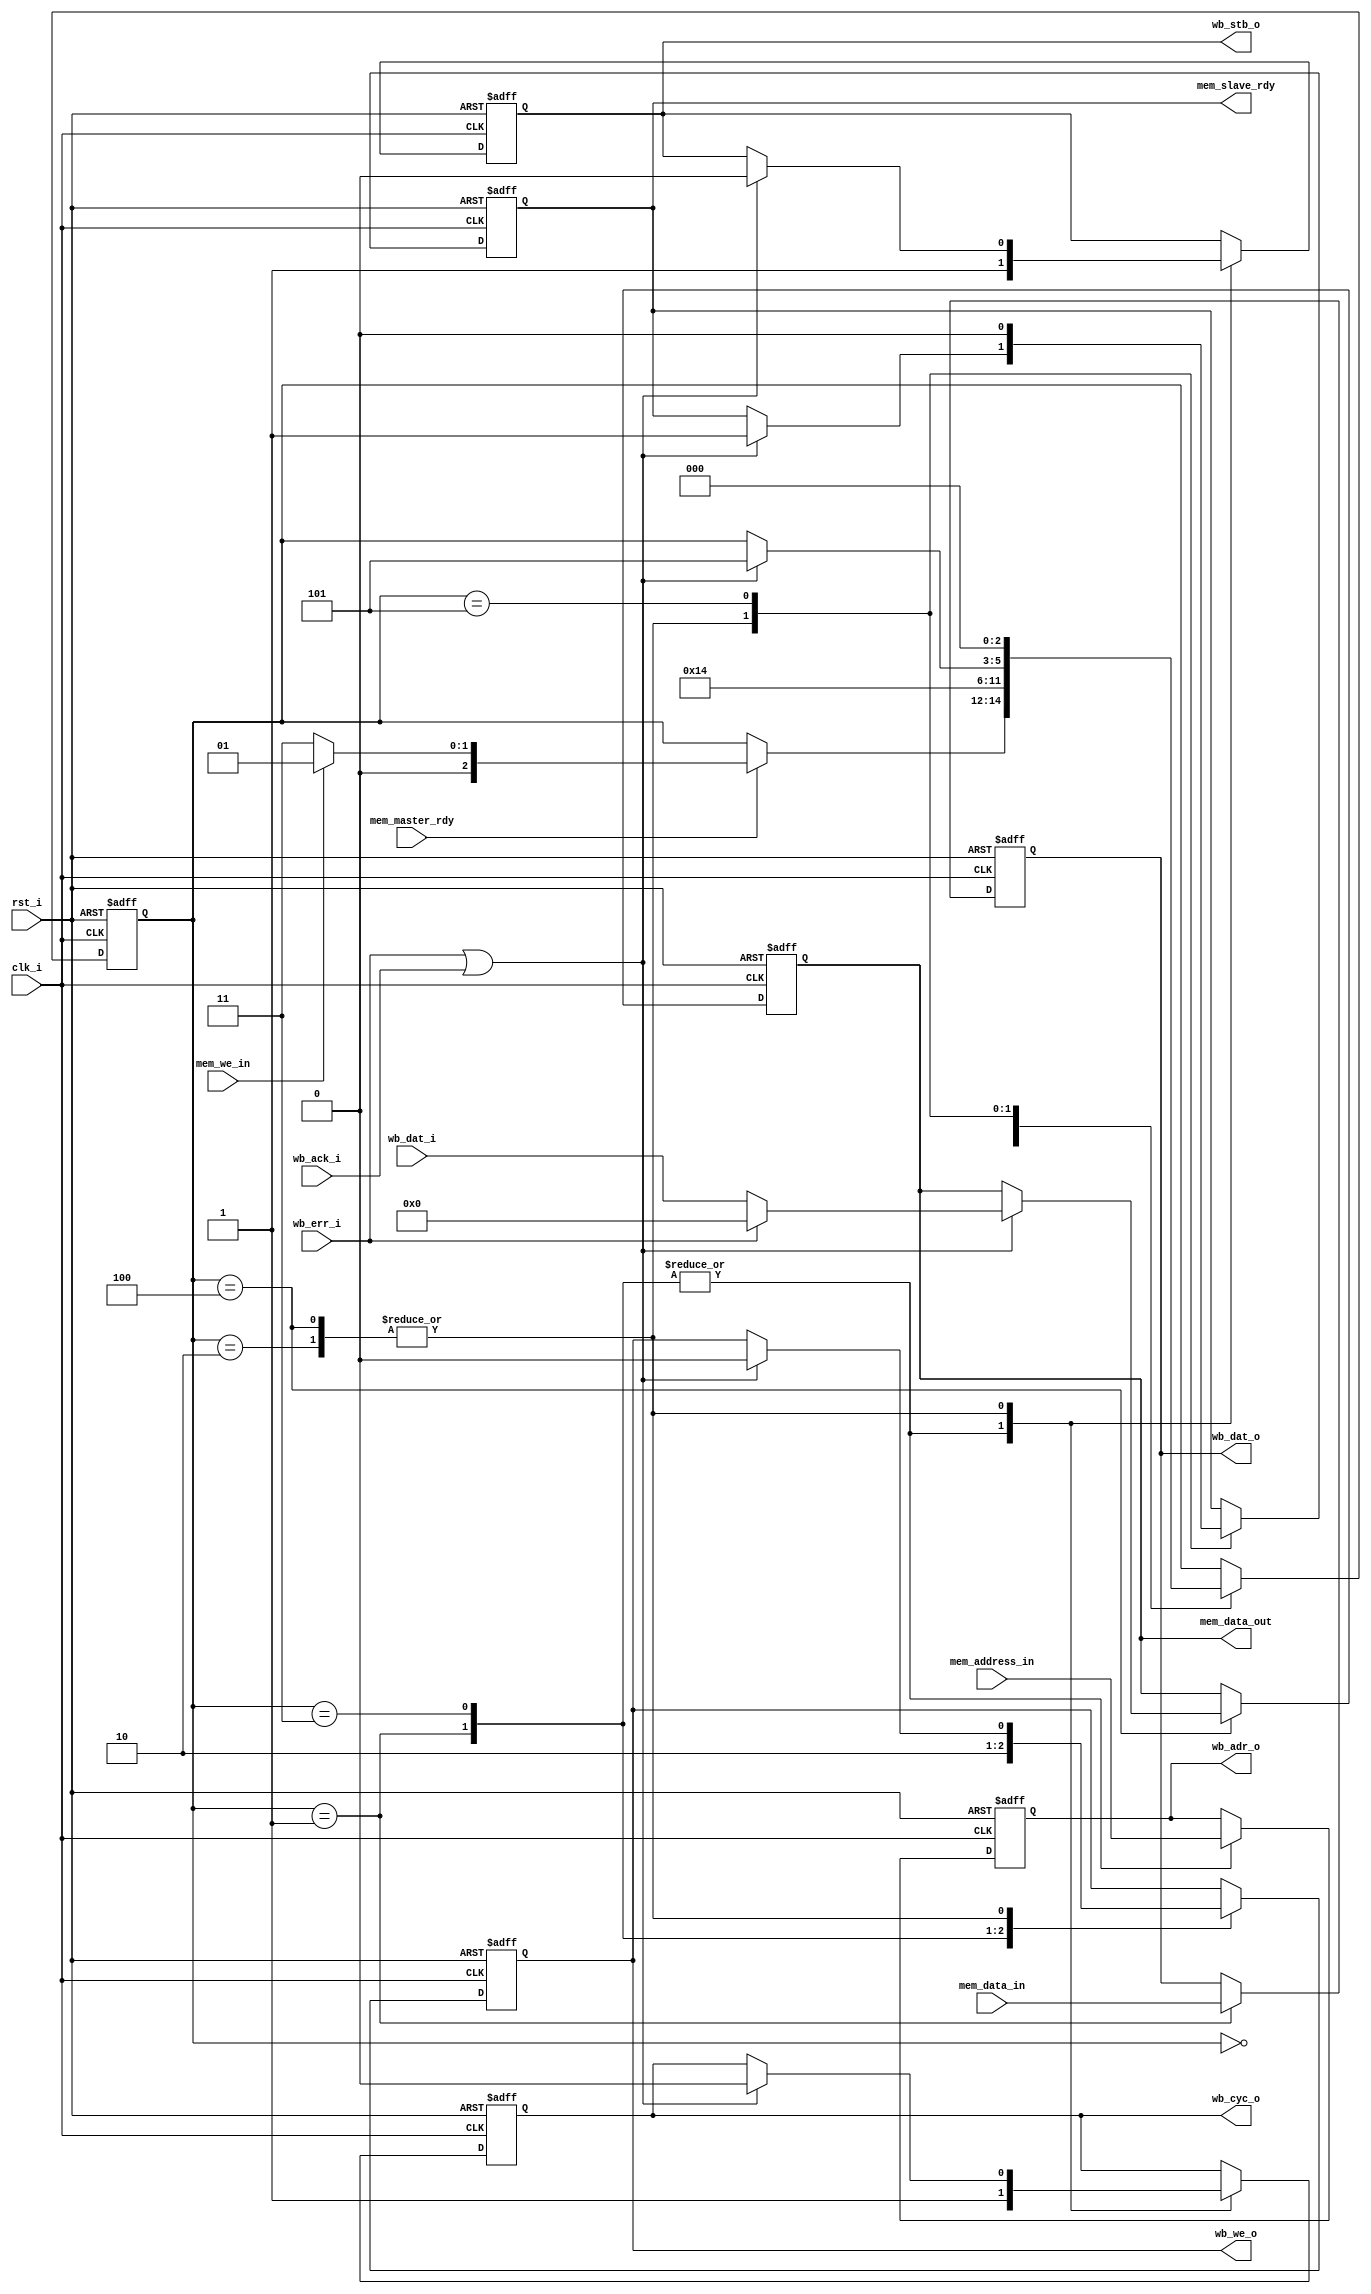
//-----------------------------------------------------------------------------
// Creation time : 14:33:17
// Description   : A bridge between a CPU and wishbone bus.
// Tool : Kactus2 3.4.110 32-bit
// Plugin : Verilog generator 2.0e
// This file was generated based on IP-XACT component tut.fi:communication.bridge:wb_master_cpu_slave:1.0
// whose XML file is D:/kactus2Repos/ipxactexamplelib/tut.fi/communication.bridge/wb_master_cpu_slave/1.0/wb_master_cpu_slave.1.0.xml
//-----------------------------------------------------------------------------

module wb_master #(
    parameter                              ADDR_WIDTH       = 16,    // The width of the address.
    parameter                              DATA_WIDTH       = 32,    // The width of both input and output data.
    parameter                              BASE_ADDRESS     = 'h0F00,    // The location of the bus in the system memory.
    parameter                              RANGE            = 'h0200    // Number of addresses accesible by the component.
) (
    // Interface: contoller
    // Is used by a controller to initiate transfers through the bridge.
    input          [ADDR_WIDTH-1:0]     mem_address_in,    // Target address of a peripheral operation.
    input          [DATA_WIDTH-1:0]     mem_data_in,    // Data from controller.
    input                               mem_master_rdy,    // Data is provided and transfer can be executed.
    input                               mem_we_in,    // Controllers writes = 1, Controller reads = 0.
    output reg     [DATA_WIDTH-1:0]     mem_data_out,    // Data to controller.
    output reg                          mem_slave_rdy,    // Bridge has executed the transfer.

    // Interface: wb_master
    // Connects to wishbone slave or mirrored master accessible through this bridge.
    input                               wb_ack_i,    // Slave asserts acknowledge.
    input          [DATA_WIDTH-1:0]     wb_dat_i,    // Data from slave to master.
    input                               wb_err_i,    // Indicates abnormal cycle termination.
    output reg     [ADDR_WIDTH-1:0]     wb_adr_o,    // The address of the data.
    output reg                          wb_cyc_o,    // Asserted by master for transfer.
    output reg     [DATA_WIDTH-1:0]     wb_dat_o,    // Data from master to slave.
    output reg                          wb_stb_o,    // Asserted by master for transfer.
    output reg                          wb_we_o,    // Write = 1, Read = 0.

    // Interface: wb_system
    // Grouping for wishbone system signals. The clock and reset are used for all logic
    // in this module.
    input                               clk_i,    // The mandatory clock, as this is synchronous logic.
    input                               rst_i    // The mandatory reset, as this is synchronous logic.
);

// WARNING: EVERYTHING ON AND ABOVE THIS LINE MAY BE OVERWRITTEN BY KACTUS2!!!
    // The current state.
    reg [2:0] state;
 
    // The available states.
    parameter [2:0]
        S_CMD               = 3'd0, // Waiting command from the master
        S_WRITE_INIT        = 3'd1, // Initiating a write to slave.
        S_WAIT_WRITE_ACK    = 3'd2, // Waiting ack for write from slave.
        S_READ_INIT         = 3'd3, // Initiating a read to slave.
        S_WAIT_READ_ACK     = 3'd4, // Waiting ack for write from slave. 
        S_DEASSERT     = 3'd5;
   
    always @(posedge clk_i or posedge rst_i) begin
        if(rst_i == 1'b1) begin
            // Initally waiting for start signal.
            state <= S_CMD;
            // Everything else is zero.
            wb_dat_o <= 0;
            wb_cyc_o <= 0;
            wb_stb_o <= 0;
            wb_we_o <= 0;
            wb_adr_o <=  0;
            mem_data_out <= 0;
            mem_slave_rdy <= 0;
        end
        else begin
        case(state)
            S_CMD: begin
                // Wait for the master.
                if (mem_master_rdy == 1'b1) begin
                    // Branch based on if it is read or write.
                    if (mem_we_in == 1'b1) begin
                        state <=  S_WRITE_INIT;
                    end
                    else begin
                        state <=  S_READ_INIT;
                    end
                end
            end
            S_WRITE_INIT: begin
                // Assert signals indicating we are ready to transfer.
                wb_cyc_o <= 1;
                wb_stb_o <= 1;
                // We are writing to slave.
                wb_we_o <= 1;
                
                // Take data directly from the master.
                wb_dat_o <= mem_data_in;
                wb_adr_o <= mem_address_in;
                
                // Next we shall wait for acknowledgement.
                state <= S_WAIT_WRITE_ACK;
            end
            S_WAIT_WRITE_ACK: begin
                if (wb_err_i == 1'b1 || wb_ack_i == 1'b1) begin
                    // Deassert initiator signals.
                    wb_cyc_o <= 0;
                    wb_stb_o <= 0;
                    wb_we_o <= 0;
                    
                    // Pass the result to the master.
                    mem_slave_rdy <= 1;
                    
                    // Look for the next operation.
                    state <=  S_DEASSERT;
                end
            end
            S_READ_INIT: begin
                // Assert signals indicating we are ready to transfer.
                wb_cyc_o <= 1;
                wb_stb_o <= 1;
                // We are reading from slave.
                wb_we_o <= 0;
                
                // Take address directly from the master.
                wb_adr_o <= mem_address_in;
                
                // Next we shall wait for acknowledgement.
                state <= S_WAIT_READ_ACK;
            end
            S_WAIT_READ_ACK: begin
                if (wb_err_i == 1'b1 || wb_ack_i == 1'b1) begin
                    // Deassert initiator signals.
                    wb_cyc_o <= 0;
                    wb_stb_o <= 0;
                    wb_we_o <= 0;
                    
                    // Pass the result to the master.
                    mem_slave_rdy <= 1;
                    
                    if (wb_err_i == 1'b1) begin
                        mem_data_out <= 0;
                    end
                    else begin
                        mem_data_out <= wb_dat_i;
                    end
                    
                    // Look for the next operation.
                    state <=  S_DEASSERT;
                end
            end
            S_DEASSERT: begin
                state <= S_CMD;
                mem_slave_rdy <= 0;
            end
            default: begin
                $display("ERROR: Unkown state: %d", state);
            end
        endcase
        end
    end
   
endmodule